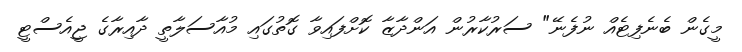
މީގެން ބެނެފިޓެއް ނުފެނޭ" ސަރުކާރުން އަންދާޒާ ކޮށްފައިވާ ގޮތުގައި މުއާސަލާތީ ދާއިރާގެ ޖީއެސްޓީ